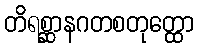
တိရစ္ဆာနဂတစတုတ္ထော